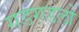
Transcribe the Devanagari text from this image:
गडगडलो